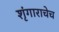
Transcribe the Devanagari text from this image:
शृंगाराचेच